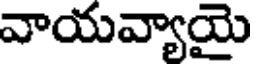
వాయవ్యాయై